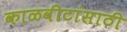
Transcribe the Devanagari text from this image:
काळवीटांसाठी